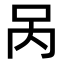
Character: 呙